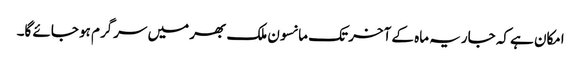
امکان ہے کہ جاریہ ماہ کے آخر تک مانسون ملک بھر میں سرگرم ہو جائے گا۔